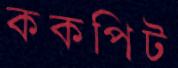
ককপিট